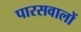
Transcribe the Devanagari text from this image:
पारसवालों